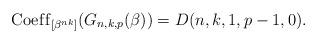
LaTeX: \begin{gather*}{\rm Coef\/f}_{[\beta^{nk}]}(G_{n,k,p}(\beta)) = D(n,k,1,p-1,0).\end{gather*}